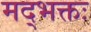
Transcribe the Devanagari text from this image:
मद्भक्तः